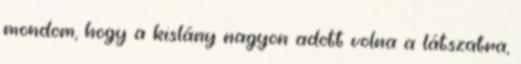
mondom, hogy a kislány nagyon adott volna a látszatra,